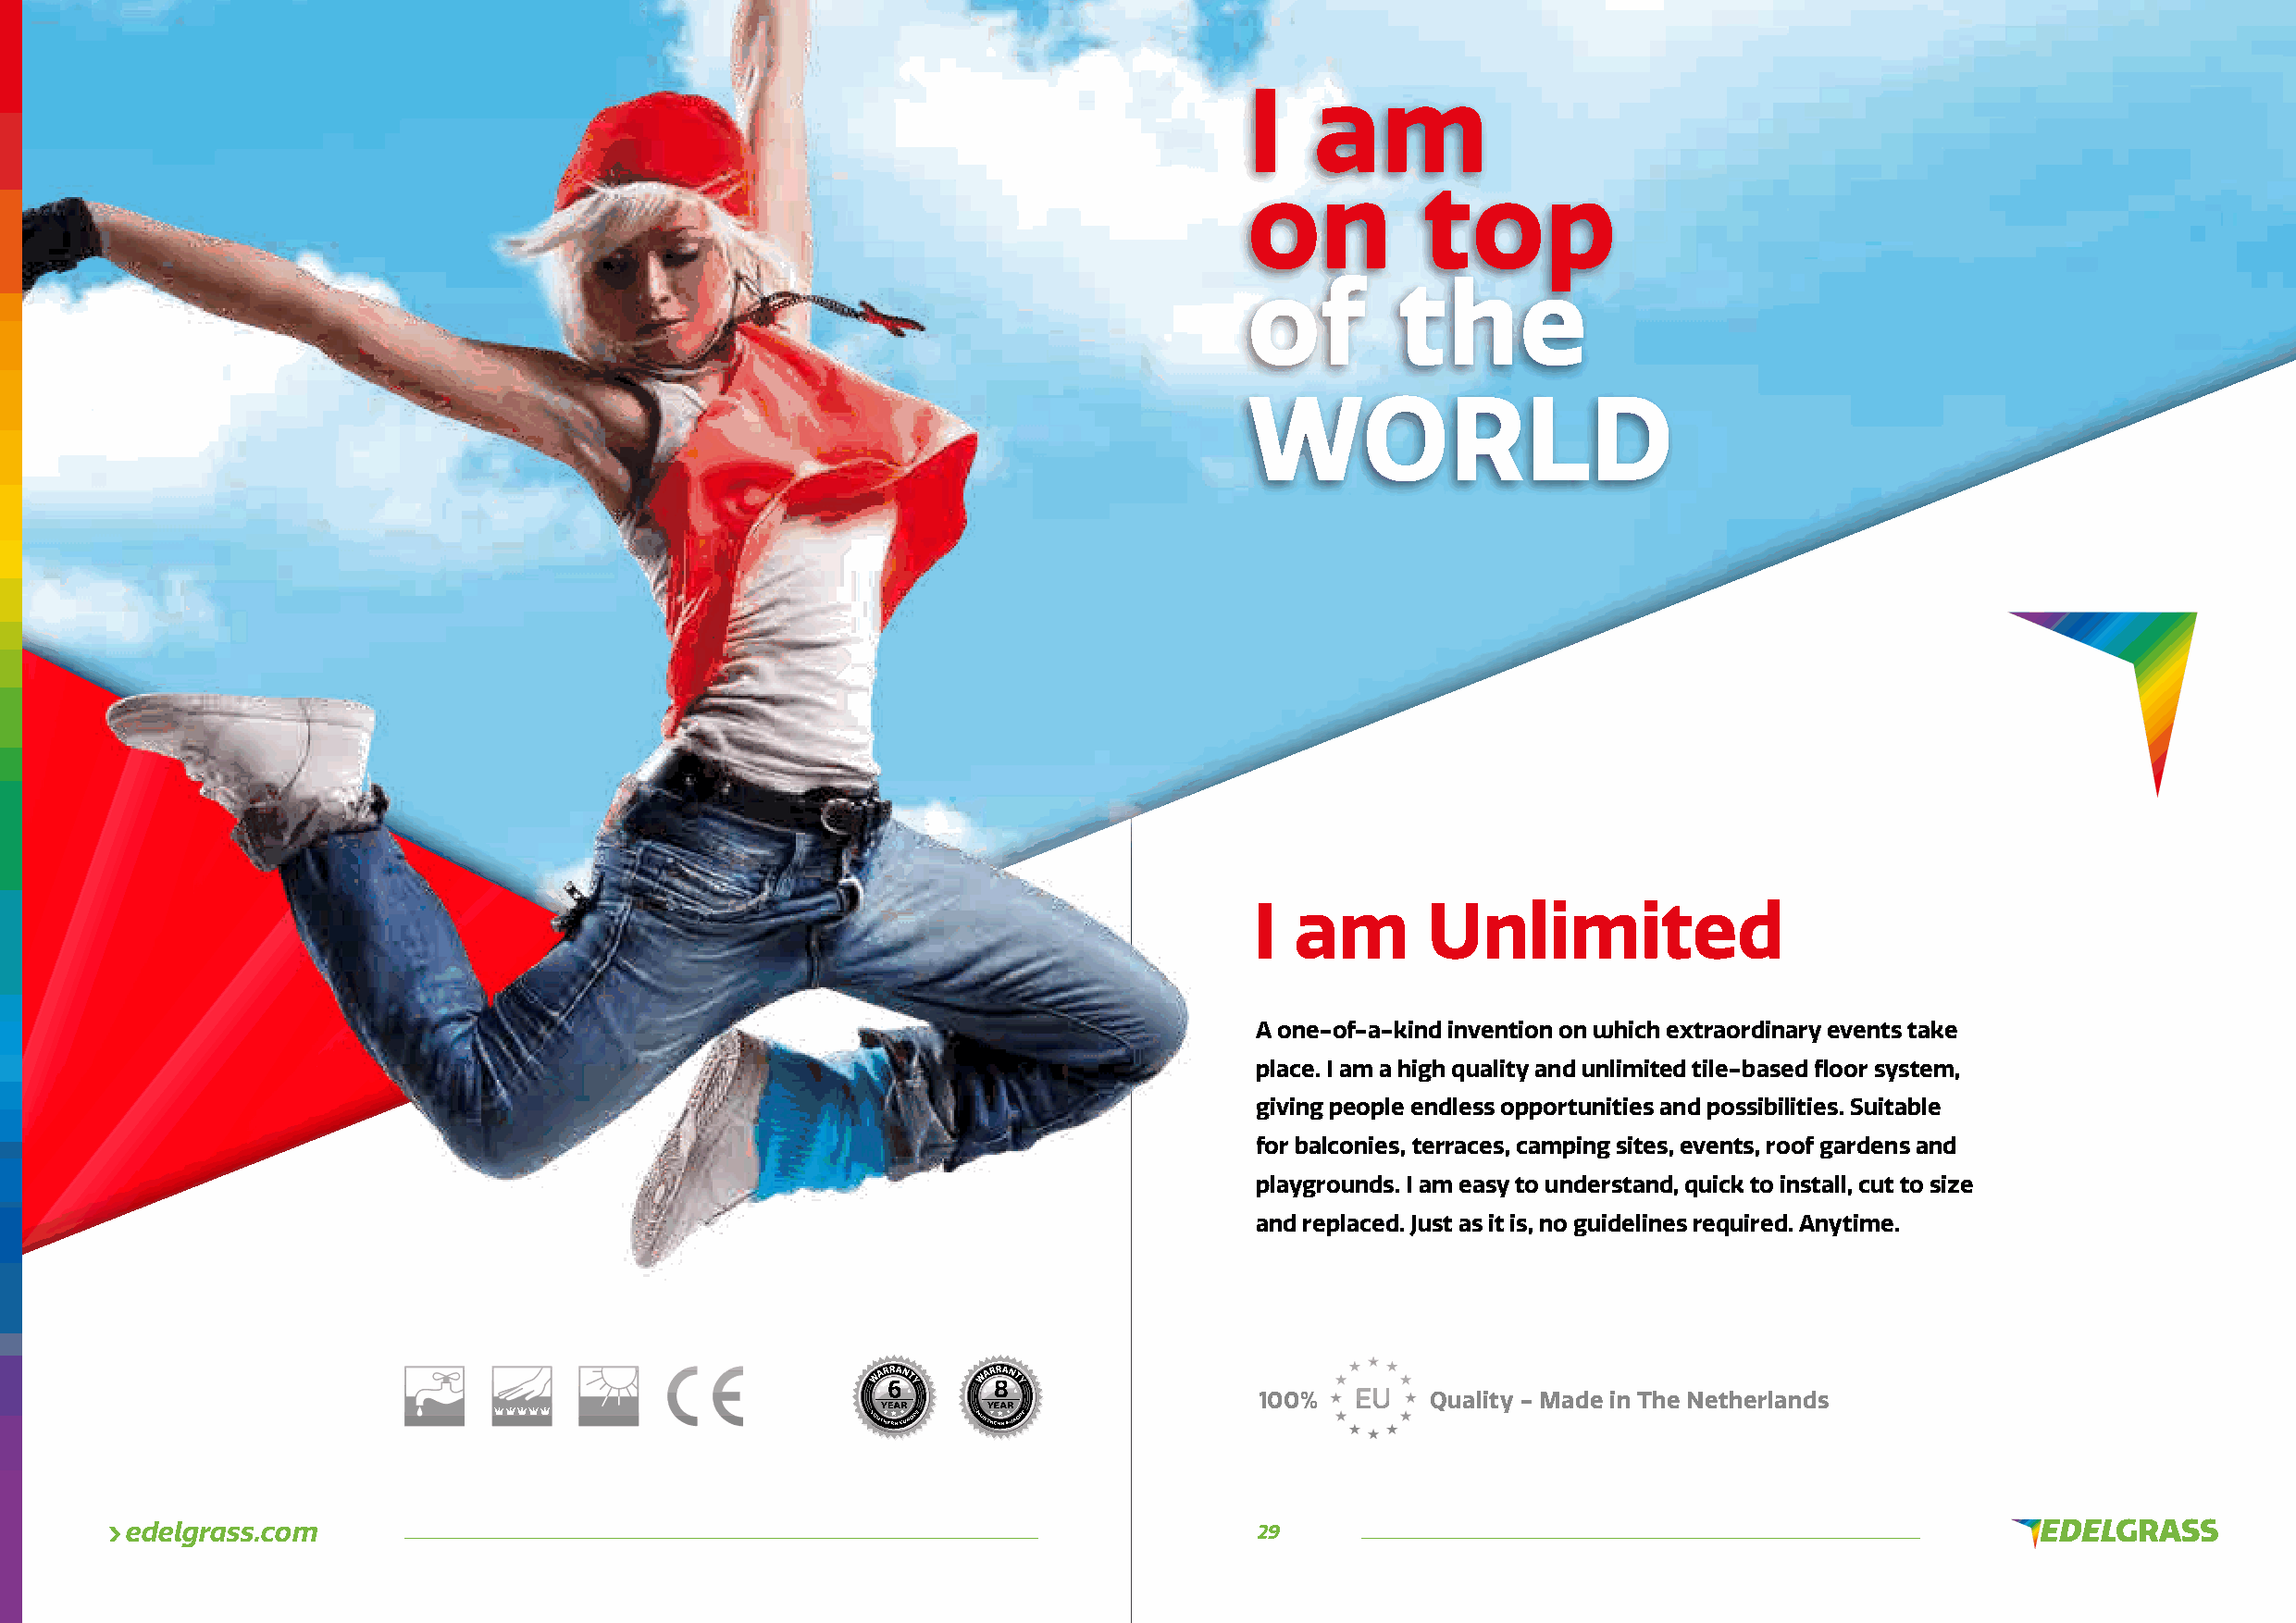
I    am
 on           top
 of         the
 WORLD
 I  am       Unlimited
 A one-of-a-kind invention on which extraordinary events take
 place. I am a high quality and unlimited tile-based fl oor system,
 giving people endless opportunities and possibilities. Suitable
 for balconies, terraces, camping sites, events, roof gardens and
 playgrounds. I am easy to understand, quick to install, cut to size
 and replaced. Just as it is, no guidelines required. Anytime.
 100%   E U  Quality - Made in The Netherlands
 edelgrass.com                                                                    29